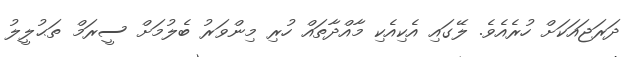
ދަރަޖައަކަށް ހުރެއެވެ. ލޭގައި އެކިއެކި މާއްދާތައް ހުރި މިންވަރު ބެލުމަށް ސީރަމް ތަޙުލީލު